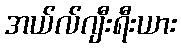
အယ်လ်ဂျီးရီးယား